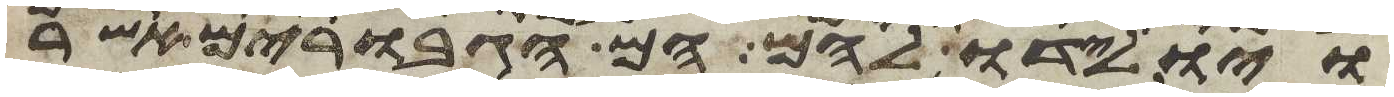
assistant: ויולידו להם הם הגבורים אשר